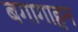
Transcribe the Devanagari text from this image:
बगागाहन